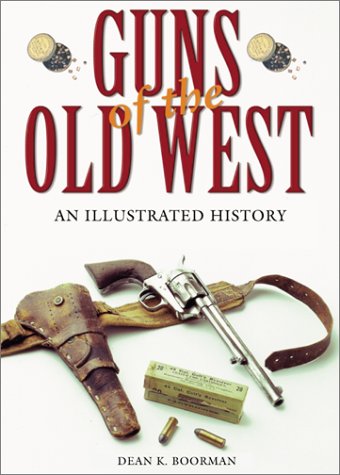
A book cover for Guns of the Old West: An Illustrated History; Dean K. Boorman; Crafts, Hobbies & Home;